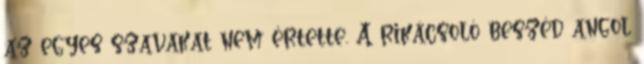
az egyes szavakat nem értette. A rikácsoló beszéd angol